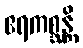
ဧရကစ္ဆန္တိ